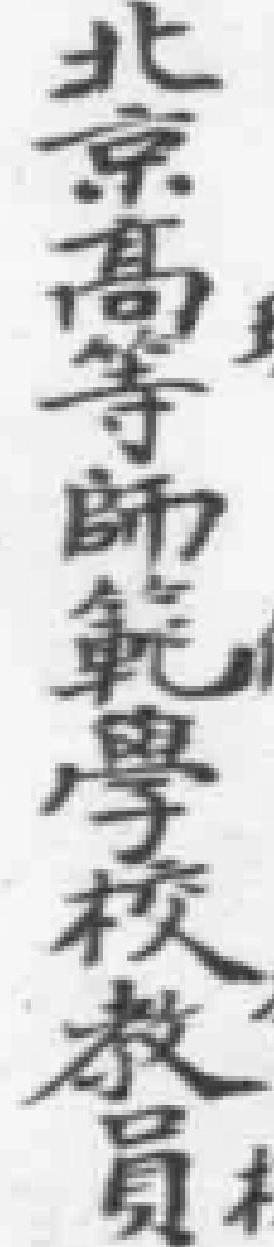
北京高等師範學校教員